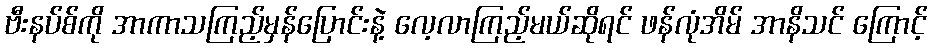
ဗီးနပ်စ်ကို အာကာသကြည့်မှန်ပြောင်းနဲ့ လေ့လာကြည့်မယ်ဆိုရင် ဖန်လုံအိမ် အာနိသင် ကြောင့်